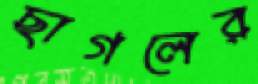
ছাগলের